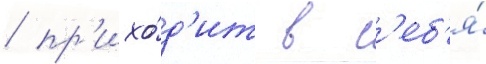
/ пр'ихо́д'ит в с'еб'я́